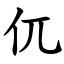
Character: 㐳